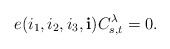
\begin{align*} e(i_1,i_2,i_3,\mathbf{i}) C_{s,t}^{\lambda} =0.\end{align*}